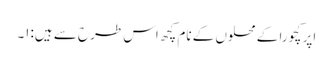
اپر کچورا کے محلوں کے نام کچھ اس طرح سے ہیں:۱۔